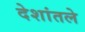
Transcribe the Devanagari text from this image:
देशांतले